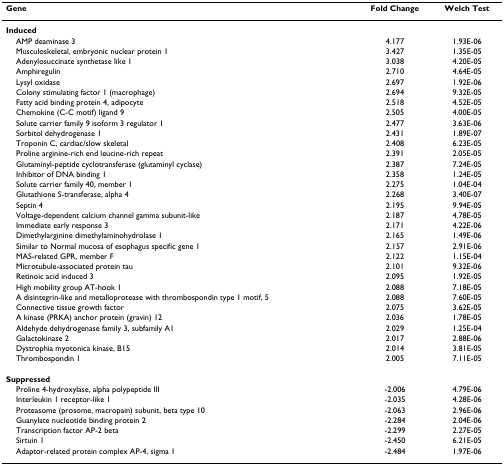
<table><thead><tr><td><b>Gene</b></td><td><b>Fold Change</b></td><td><b>Welch Test</b></td></tr></thead><tbody><tr><td><b>Induced</b></td><td></td><td></td></tr><tr><td> AMP deaminase 3</td><td>4.177</td><td>1.93E-06</td></tr><tr><td> Musculoskeletal, embryonic nuclear protein 1</td><td>3.427</td><td>1.35E-05</td></tr><tr><td> Adenylosuccinate synthetase like 1</td><td>3.038</td><td>4.20E-05</td></tr><tr><td> Amphiregulin</td><td>2.710</td><td>4.64E-05</td></tr><tr><td> Lysyl oxidase</td><td>2.697</td><td>1.92E-06</td></tr><tr><td> Colony stimulating factor 1 (macrophage)</td><td>2.694</td><td>9.32E-05</td></tr><tr><td> Fatty acid binding protein 4, adipocyte</td><td>2.518</td><td>4.52E-05</td></tr><tr><td> Chemokine (C-C motif) ligand 9</td><td>2.505</td><td>4.00E-05</td></tr><tr><td> Solute carrier family 9 isoform 3 regulator 1</td><td>2.477</td><td>3.63E-06</td></tr><tr><td> Sorbitol dehydrogenase 1</td><td>2.431</td><td>1.89E-07</td></tr><tr><td> Troponin C, cardiac/slow skeletal</td><td>2.408</td><td>6.23E-05</td></tr><tr><td> Proline arginine-rich end leucine-rich repeat</td><td>2.391</td><td>2.05E-05</td></tr><tr><td> Glutaminyl-peptide cyclotransferase (glutaminyl cyclase)</td><td>2.387</td><td>7.24E-05</td></tr><tr><td> Inhibitor of DNA binding 1</td><td>2.358</td><td>1.24E-05</td></tr><tr><td> Solute carrier family 40, member 1</td><td>2.275</td><td>1.04E-04</td></tr><tr><td> Glutathione S-transferase, alpha 4</td><td>2.268</td><td>3.40E-07</td></tr><tr><td> Septin 4</td><td>2.195</td><td>9.94E-05</td></tr><tr><td> Voltage-dependent calcium channel gamma subunit-like</td><td>2.187</td><td>4.78E-05</td></tr><tr><td> Immediate early response 3</td><td>2.171</td><td>4.22E-06</td></tr><tr><td> Dimethylarginine dimethylaminohydrolase 1</td><td>2.165</td><td>1.49E-06</td></tr><tr><td> Similar to Normal mucosa of esophagus specific gene 1</td><td>2.157</td><td>2.91E-06</td></tr><tr><td> MAS-related GPR, member F</td><td>2.122</td><td>1.15E-04</td></tr><tr><td> Microtubule-associated protein tau</td><td>2.101</td><td>9.32E-06</td></tr><tr><td> Retinoic acid induced 3</td><td>2.095</td><td>1.92E-05</td></tr><tr><td> High mobility group AT-hook 1</td><td>2.088</td><td>7.18E-05</td></tr><tr><td> A disintegrin-like and metalloprotease with thrombospondin type 1 motif, 5</td><td>2.088</td><td>7.60E-05</td></tr><tr><td> Connective tissue growth factor</td><td>2.075</td><td>3.62E-05</td></tr><tr><td> A kinase (PRKA) anchor protein (gravin) 12</td><td>2.036</td><td>1.78E-05</td></tr><tr><td> Aldehyde dehydrogenase family 3, subfamily A1</td><td>2.029</td><td>1.25E-04</td></tr><tr><td> Galactokinase 2</td><td>2.017</td><td>2.88E-06</td></tr><tr><td> Dystrophia myotonica kinase, B15</td><td>2.014</td><td>3.81E-05</td></tr><tr><td> Thrombospondin 1</td><td>2.005</td><td>7.11E-05</td></tr><tr><td><b>Suppressed</b></td><td></td><td></td></tr><tr><td> Proline 4-hydroxylase, alpha polypeptide III</td><td>-2.006</td><td>4.79E-06</td></tr><tr><td> Interleukin 1 receptor-like 1</td><td>-2.035</td><td>4.28E-06</td></tr><tr><td> Proteasome (prosome, macropain) subunit, beta type 10</td><td>-2.063</td><td>2.96E-06</td></tr><tr><td> Guanylate nucleotide binding protein 2</td><td>-2.284</td><td>2.04E-06</td></tr><tr><td> Transcription factor AP-2 beta</td><td>-2.299</td><td>2.27E-05</td></tr><tr><td> Sirtuin 1</td><td>-2.450</td><td>6.21E-05</td></tr><tr><td> Adaptor-related protein complex AP-4, sigma 1</td><td>-2.484</td><td>1.97E-06</td></tr></tbody></table>